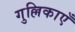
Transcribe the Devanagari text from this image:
गुल्लिकाएँ